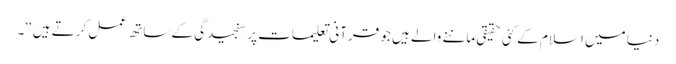
دنیا میں اسلام کے کئی حقیقی ماننے والے ہیں جو قرآنی تعلیمات پر سنجیدگی کے ساتھ عمل کرتے ہیں‘‘۔